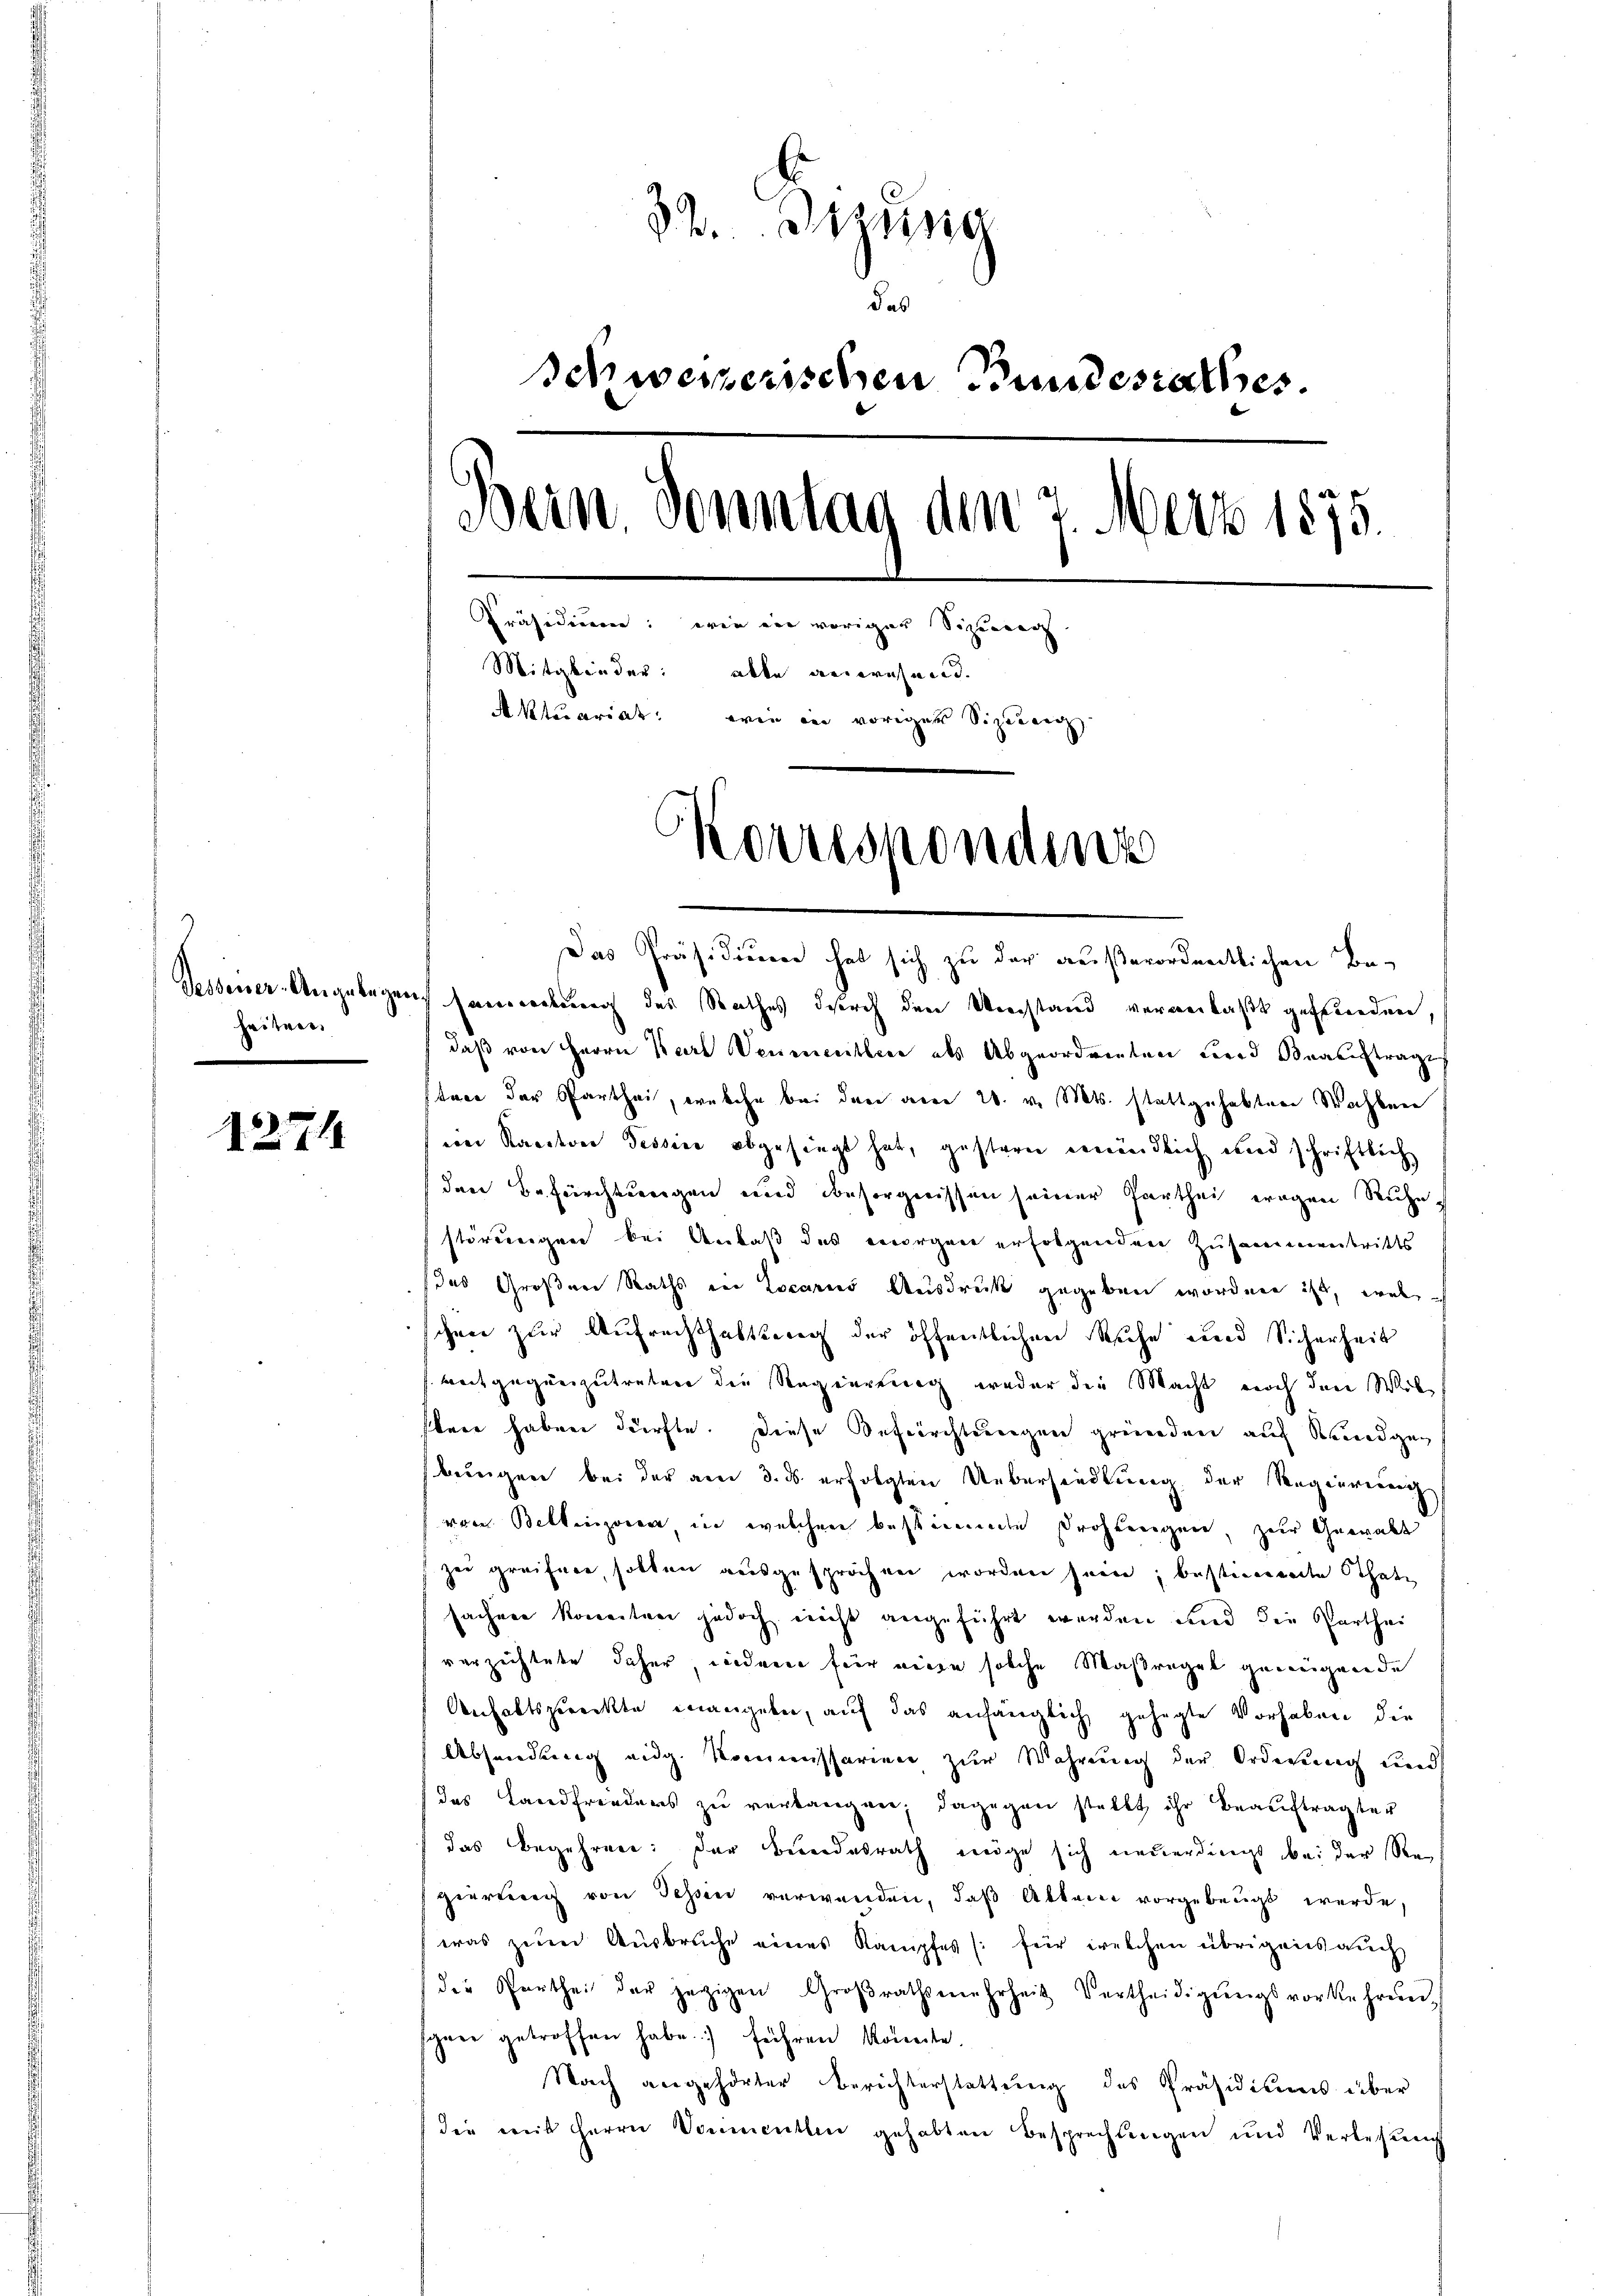
heiter.

1271

32. Steig
das
Schweizerischen Bundesrathes.
Bein. Sonntag den 2 Merz 1875.
Präsidium: wie ein voriger Siziereg
Mitglieder: able anwesend.
Aktuariat: wie in voriger Sizueig
Korrespondenz

Das Präsidium hat sich zu der außerordentlichen Be-
Gessener-Angelegen sammlung des Rathes durch den Umstand veranlaßt gefunden,
daß von Herrn Karl Venementleer als Abgeordnenten Ferd Beauftrages
tace der Parthei, welche bei den vom 20. v. Mts. stattgehabten Wachben
ein Kantone Tessin abgesiegt hat, gestern mündlich und schriftlich
den Befürchtungen und Besorgnissen seiner Parthei wegen Ruhestörungen bei Anlaß des vorgen erfolgenden Zusammentritts
das Großen Raths in Locaris Ausdruck gegeben worden ist, wel
chen zur Aufrechthaltung der öffentlichen Ruhe und Sicherheit
reitgegenzutreten die Regierung weder die Macht noch den Wil
fbare haben dürfte. Diese Befürchtungen gründen auf Reidgen
bungen bei der am 3. ds. erfolgten Ueberhandlung der Regierung
von Bellinzona, in welchen bestimmte Drohungen, zur Gewalt
zu greifere sollen ausgesprochen worden sein, bestimmene Schale
sachen konnten jedoch nicht angeführt werden und die Partheiverzichtete daher, wiedenen für neuen solche Maßregel geneignende
Anhaltszweckte mangebe, auf das anfänglich gehegte Vorhaben die
Absendung eidg. Kommissarien zur Wahrung der Ordnung und
das Landfrieders zŭ verlangen; dagegen stellt ihr beaŭftragten
das Begehren: Der Bundesrath möge sich neuerdings bei der Regierŭng von Tessin verwanden, daβ Alten vorgebeugt werde,
was zum Ausbruche eines Kampfes (: für welchen übrigens auch
der Partheil der jetzigen Groβrathsmehrheit Vertheidigŭngsvorkehrŭng
syrer getroffen habe.) führen könnte.
Nach angehörter Berichterstattung des Präsidiums über
die mit Herrn Vormenten gehabten Besprechungen und Verlesung